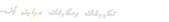
تكييفات ومكيفات سبليت بأف